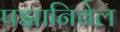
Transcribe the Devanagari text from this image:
पझानिवेल